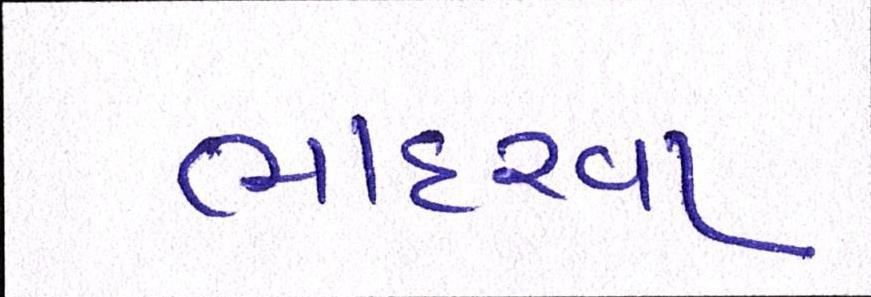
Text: ભાદરવા